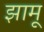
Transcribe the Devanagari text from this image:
झामू